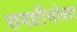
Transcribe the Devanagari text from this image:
समष्टीसोबत